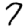
Digit: 7